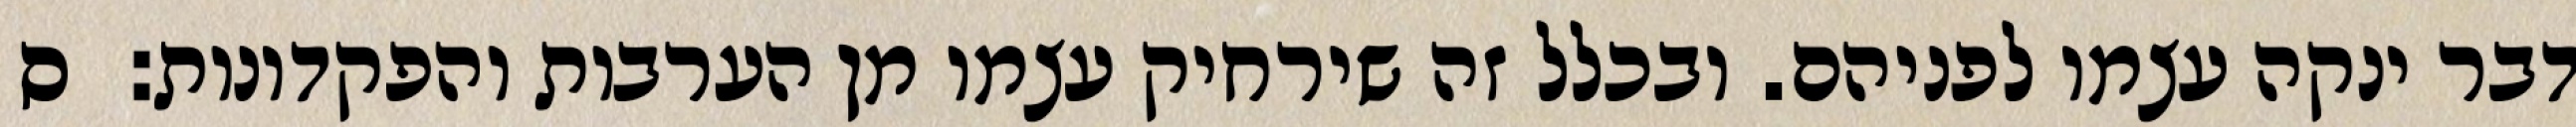
דבר ינקה עצמו לפניהם. ובכלל זה שירחיק עצמו מן הערבות והפקדונות:  ס